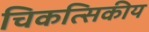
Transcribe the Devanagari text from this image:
चिकत्सिकीय